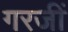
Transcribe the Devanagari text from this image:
गरजीं